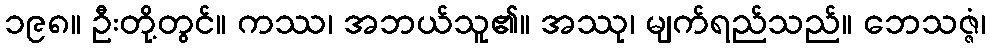
၁၉၈။ ဦးတို့တွင်။ ကဿ၊ အဘယ်သူ၏။ အဿု၊ မျက်ရည်သည်။ ဘေသဇ္ဇံ၊